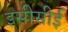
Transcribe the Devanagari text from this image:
इसीसीई